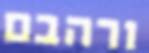
ורהבם